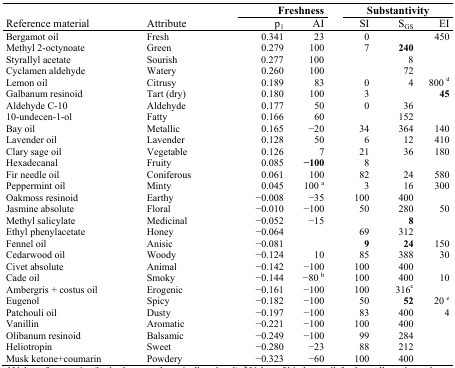
<table><thead><tr><td rowspan="3"><b>Reference material</b></td><td rowspan="3"><b>Attribute</b></td><td colspan="2"><b>Freshness</b></td><td colspan="3"><b>Substantivity</b></td></tr><tr><td><b>p<sub>1</sub></b></td><td><b>AI</b></td><td><b>SI</b></td><td><b>S<sub>GS</sub></b></td><td><b>EI</b></td></tr></thead><tbody><tr><td>Bergamot oil</td><td>Fresh</td><td>0.341</td><td>23</td><td>0</td><td></td><td>450</td></tr><tr><td>Methyl 2-octynoate</td><td>Green</td><td>0.279</td><td>100</td><td>7</td><td><b>240</b></td><td></td></tr><tr><td>Styrallyl acetate</td><td>Sourish</td><td>0.277</td><td>100</td><td></td><td>8</td><td></td></tr><tr><td>Cyclamen aldehyde</td><td>Watery</td><td>0.260</td><td>100</td><td></td><td>72</td><td></td></tr><tr><td>Lemon oil</td><td>Citrusy</td><td>0.189</td><td>83</td><td>0</td><td>4</td><td>800 d</td></tr><tr><td>Galbanum resinoid</td><td>Tart (dry)</td><td>0.180</td><td>100</td><td>3</td><td></td><td><b>45</b></td></tr><tr><td>Aldehyde C-10</td><td>Aldehyde</td><td>0.177</td><td>50</td><td>0</td><td>36</td><td></td></tr><tr><td>10-undecen-1-ol</td><td>Fatty</td><td>0.166</td><td>60</td><td></td><td>152</td><td></td></tr><tr><td>Bay oil</td><td>Metallic</td><td>0.165</td><td>−20</td><td>34</td><td>364</td><td>140</td></tr><tr><td>Lavender oil</td><td>Lavender</td><td>0.128</td><td>50</td><td>6</td><td>12</td><td>410</td></tr><tr><td>Clary sage oil</td><td>Vegetable</td><td>0.126</td><td>7</td><td>21</td><td>36</td><td>180</td></tr><tr><td>Hexadecanal</td><td>Fruity</td><td>0.085</td><td><b>−100</b></td><td>8</td><td></td><td></td></tr><tr><td>Fir needle oil</td><td>Coniferous</td><td>0.061</td><td>100</td><td>82</td><td>24</td><td>580</td></tr><tr><td>Peppermint oil</td><td>Minty</td><td>0.045</td><td>100 a</td><td>3</td><td>16</td><td>300</td></tr><tr><td>Oakmoss resinoid</td><td>Earthy</td><td>−0.008</td><td>−35</td><td>100</td><td>400</td><td></td></tr><tr><td>Jasmine absolute</td><td>Floral</td><td>−0.010</td><td>−100</td><td>50</td><td>280</td><td>50</td></tr><tr><td>Methyl salicylate</td><td>Medicinal</td><td>−0.052</td><td>−15</td><td></td><td><b>8</b></td><td></td></tr><tr><td>Ethyl phenylacetate</td><td>Honey</td><td>−0.064</td><td></td><td>69</td><td>312</td><td></td></tr><tr><td>Fennel oil</td><td>Anisic</td><td>−0.081</td><td></td><td><b>9</b></td><td><b>24</b></td><td>150</td></tr><tr><td>Cedarwood oil</td><td>Woody</td><td>−0.124</td><td>10</td><td>85</td><td>388</td><td>30</td></tr><tr><td>Civet absolute</td><td>Animal</td><td>−0.142</td><td>−100</td><td>100</td><td>400</td><td></td></tr><tr><td>Cade oil</td><td>Smoky</td><td>−0.144</td><td>−80 b</td><td>100</td><td>400</td><td>10</td></tr><tr><td>Ambergris + costus oil</td><td>Erogenic</td><td>−0.161</td><td>−100</td><td>100</td><td>316c</td><td></td></tr><tr><td>Eugenol</td><td>Spicy</td><td>−0.182</td><td>−100</td><td>50</td><td><b>52</b></td><td>20 e</td></tr><tr><td>Patchouli oil</td><td>Dusty</td><td>−0.197</td><td>−100</td><td>83</td><td>400</td><td>4</td></tr><tr><td>Vanillin</td><td>Aromatic</td><td>−0.221</td><td>−100</td><td>100</td><td>400</td><td></td></tr><tr><td>Olibanum resinoid</td><td>Balsamic</td><td>−0.249</td><td>−100</td><td>99</td><td>284</td><td></td></tr><tr><td>Heliotropin</td><td>Sweet</td><td>−0.280</td><td>−23</td><td>88</td><td>212</td><td></td></tr><tr><td>Musk ketone+coumarin</td><td>Powdery</td><td>−0.323</td><td>−60</td><td>100</td><td>400</td><td></td></tr></tbody></table>